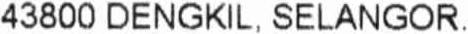
43800 DENGKIL, SELANGOR.